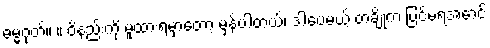
ဓမ္မဂုတ်။ ။ ဝိနည်းကို မူထားရမှာတော့ မှန်ပါတယ်၊ ဒါပေမယ့် တချို့က ပြင်မရအောင်